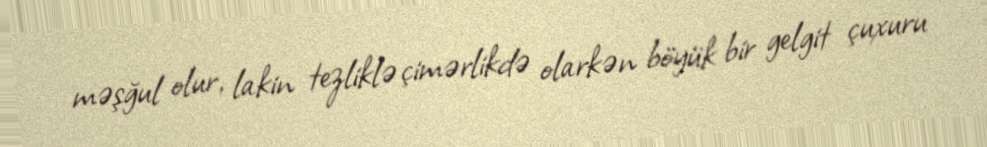
məşğul olur, lakin tezliklə çimərlikdə olarkən böyük bir gelgit çuxuru